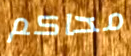
محاكم